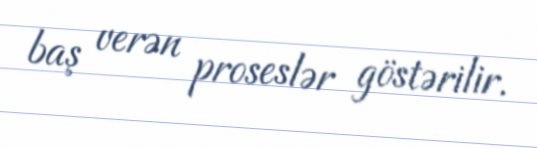
baş verən proseslər göstərilir.